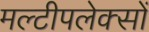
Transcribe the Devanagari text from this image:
मल्टीपलेक्सों